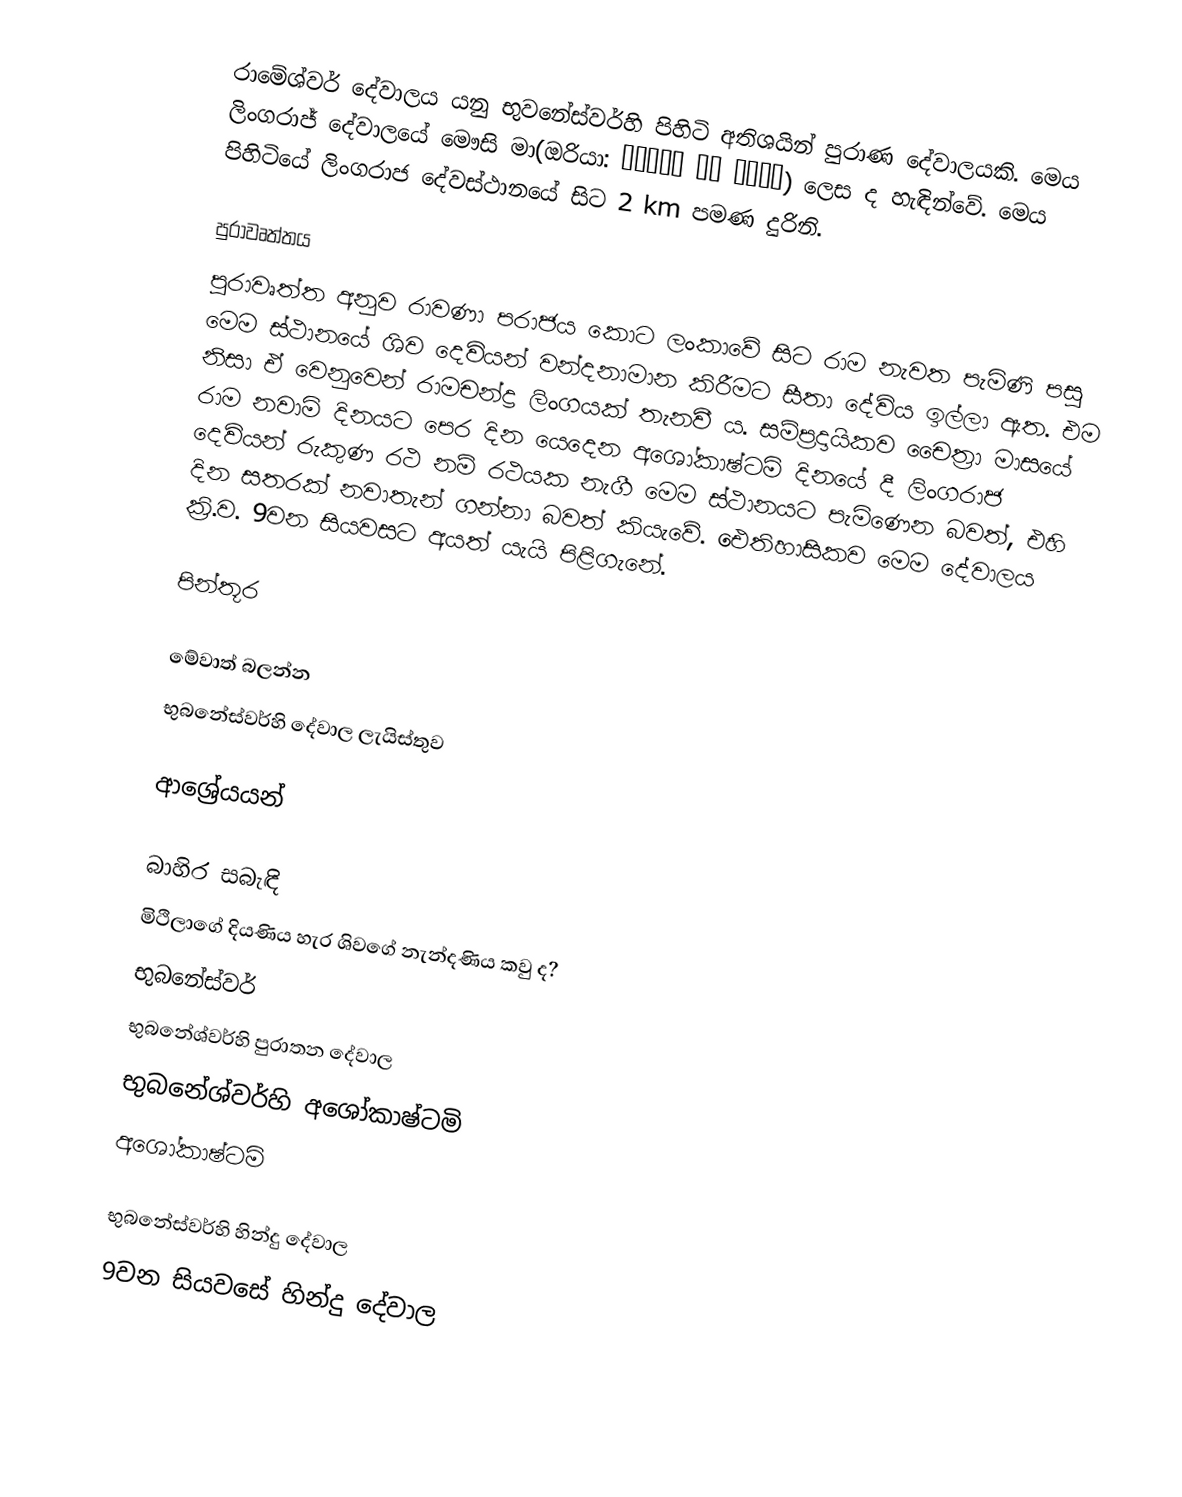
රාමේශ්වර් දේවාලය යනු භුවනේස්වර්හි පිහිටි අතිශයින් පුරාණ දේවාලයකි. මෙය ලිංගරාජ් දේවාලයේ මෞසි මා(ඔරියා: ମାଉସୀ ମା ଦେଉଳ) ලෙස ද හැඳින්වේ. මෙය පිහිටියේ ලිංගරාජ දේවස්ථානයේ සිට 2 km පමණ දුරිනි.

පුරාවෘත්තය
පුරාවෘත්ත අනුව රාවණා පරාජය කොට ලංකාවේ සිට රාම නැවත පැමිණි පසු මෙම ස්ථානයේ ශිව දෙවියන් වන්දනාමාන කිරීමට සීතා දේවිය ඉල්ලා ඇත. එම නිසා ඒ වෙනුවෙන් රාමචන්ද්‍ර ලිංගයක් තැනවී ය. සම්ප්‍රදායිකව චෛත්‍රා මාසයේ රාම නවාමි දිනයට පෙර දින යෙදෙන අශෝකාෂ්ටමි දිනයේ දී ලිංගරාජ දෙවියන් රුකුණ රථ නම් රථයක නැගී මෙම ස්ථානයට පැමිණෙන බවත්, එහි දින සතරක් නවාතැන් ගන්නා බවත් කියැවේ. ඓතිහාසිකව මෙම දේවාලය ක්‍රි.ව. 9වන සියවසට අයත් යැයි පිළිගැනේ.

පින්තූර

මේවාත් බලන්න
 භුබනේස්වර්හි දේවාල ලැයිස්තුව

ආශ්‍රේයයන්

බාහිර සබැඳි
මිථිලාගේ දියණිය හැර ශිවගේ නැන්දණිය කවු ද?
භුබනේස්වර්
භුබනේශ්වර්හි පුරාතන දේවාල
භුබනේශ්වර්හි අශෝකාෂ්ටමි
අශෝකාෂ්ටමි

භුබනේස්වර්හි හින්දු දේවාල
9වන සියවසේ හින්දු දේවාල